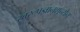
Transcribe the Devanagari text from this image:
स्वरूपज्ञानशून्येन